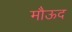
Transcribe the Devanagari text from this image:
मौऊद